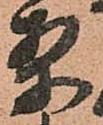
案